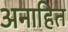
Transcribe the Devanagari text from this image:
अनाहित